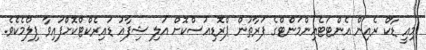
މިއީ ޑާކް ރެއިން އެންޓަޓެއިންމަންޓްގެ ފަރާތުން ޕްރޮޑިއުސްކޮށް އަލި ޝިފާއު ޑައިރެކްޓްކޮށްފައިވާ ފިލްމެކެވެ.